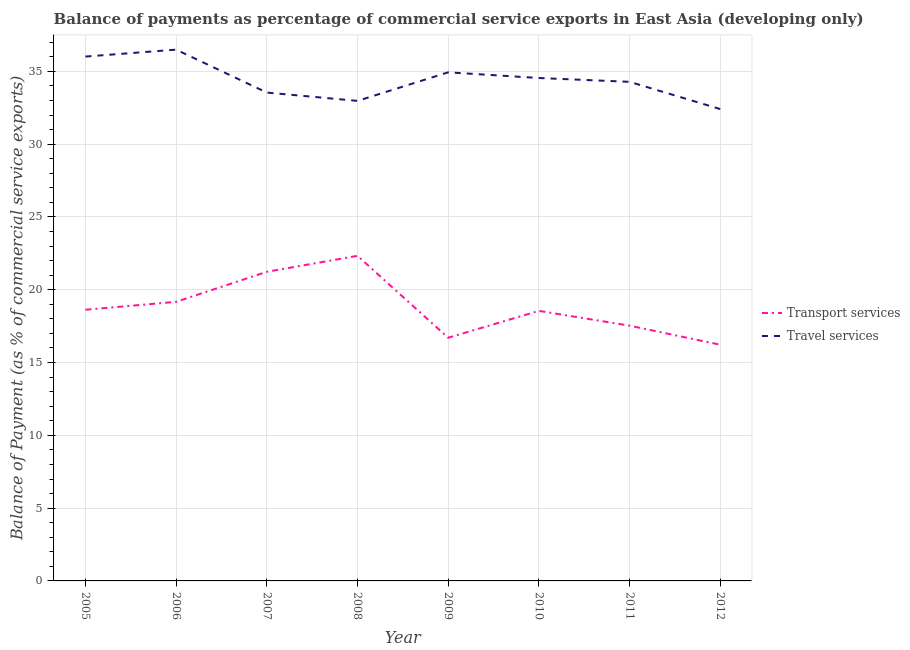
| Year | Transport services | Travel services |
 | --- | --- | --- |
 | 2005 | 18.6 | 36 |
 | 2006 | 19.2 | 36.5 |
 | 2007 | 21.2 | 33.5 |
 | 2008 | 22.3 | 33 |
 | 2009 | 16.7 | 34.9 |
 | 2010 | 18.5 | 34.5 |
 | 2011 | 17.5 | 34.3 |
 | 2012 | 16.2 | 32.4 |